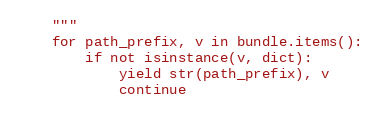
Language: Python
    """
    for path_prefix, v in bundle.items():
        if not isinstance(v, dict):
            yield str(path_prefix), v
            continue